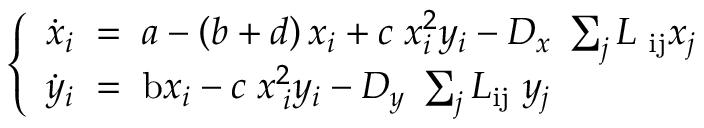
\left\lbrace \begin{array} { l } { \dot { x } _ { i } \; = \; a - \left( b + d \right) x _ { i } + c \; x _ { i } ^ { 2 } y _ { i } - D _ { x } \; \sum _ { j } L { \; } _ { \mathrm { i j } } x _ { j } } \\ { { \dot { y } _ { i } \; = \; \mathrm { b } } x _ { i } - c \; x _ { \; i } ^ { 2 } y _ { i } - D _ { y } \; \sum _ { j } L _ { \mathrm { i j } } \; y _ { j } \; \; \; \; \; \; \; } \end{array} \right.